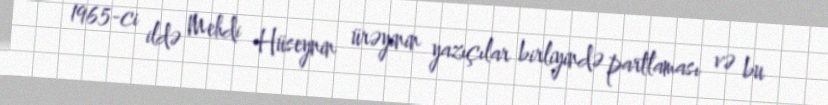
1965-ci ildə Mehdi Hüseynin ürəyinin yazıçılar birliyində partlaması və bu